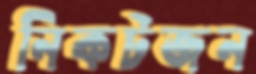
নিকটজন